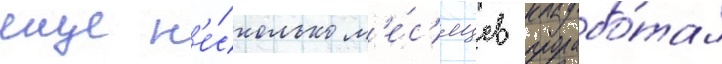
еще н'е́сколько м'е́с'яцев прорабо́тал